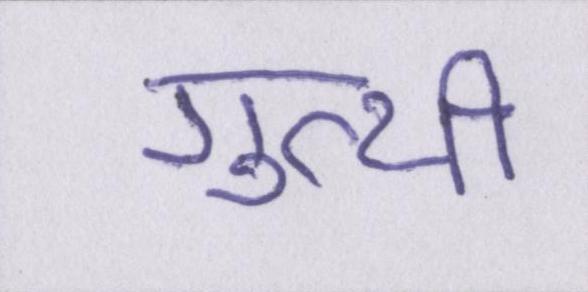
गुत्थी